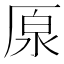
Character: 厡